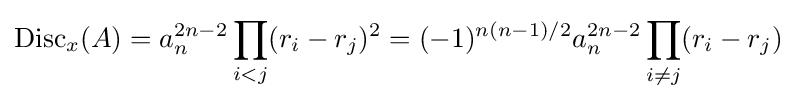
\operatorname {Disc} _{x}(A)=a_{n}^{2n-2}\prod _{i<j}(r_{i}-r_{j})^{2}=(-1)^{n(n-1)/2}a_{n}^{2n-2}\prod _{i\neq j}(r_{i}-r_{j})